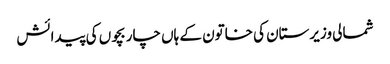
شمالی وزیرستان کی خاتون کے ہاں چار بچوں کی پیدائش